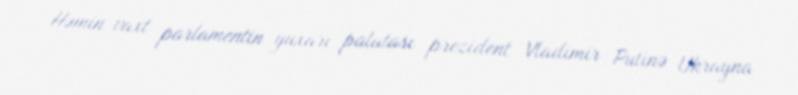
Həmin vaxt parlamentin yuxarı palatası prezident Vladimir Putinə Ukrayna